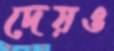
দেয়ও